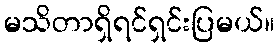
မသိတာရှိရင်ရှင်းပြမယ်။